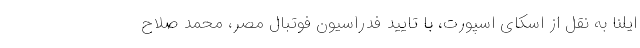
ایلنا به نقل از اسکای اسپورت، با تایید فدراسیون فوتبال مصر، محمد صلاح